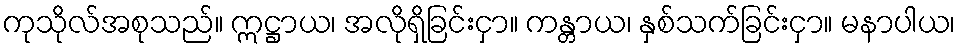
ကုသိုလ်အစုသည်။ ဣဋ္ဌာယ၊ အလိုရှိခြင်းငှာ။ ကန္တာယ၊ နှစ်သက်ခြင်းငှာ။ မနာပါယ၊